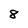
Character: 8